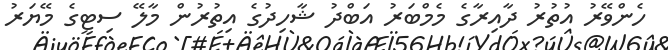
ހެންވޭރު އުތުރު ދާއިރާގެ މެމްބަރު އަބްދު ޝާހިދުގެ އިތުރުން މާލޭ ސިޓީގެ މޭޔަރު